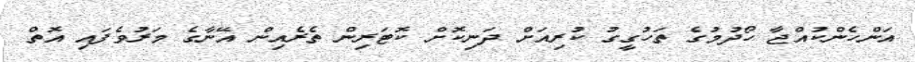
އަންހެންކުއްޖާ ހޯދުމުގެ ތަހުގީގު ކުރިއަށް ދަނިކޮށް ކޮޓަރިން ތެރެއިން އޭނާގެ މަރުވެފައި އޮތް